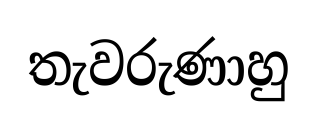
තැවරුණාහු